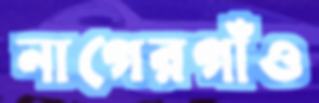
নাগেরগাঁও